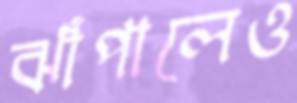
ঝাঁপালেও